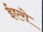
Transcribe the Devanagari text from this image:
ईएरो